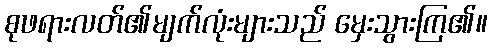
စုဖရားလတ်၏မျက်လုံးများသည် မှေးသွားကြ၏။